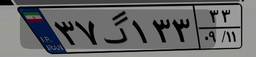
۲۹گ۷۴۹۴۹